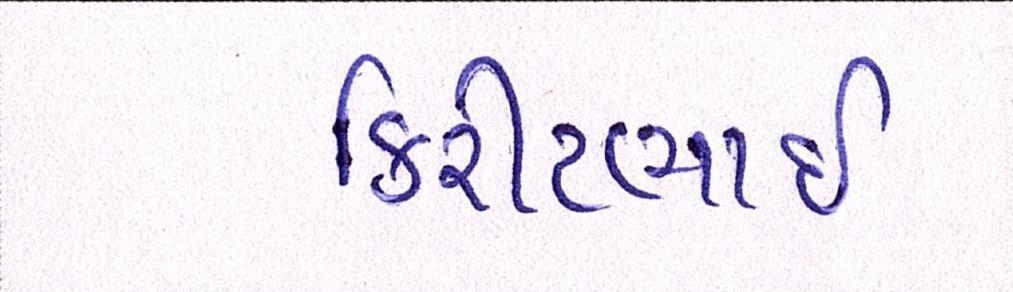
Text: કિરીટભાઈ